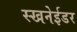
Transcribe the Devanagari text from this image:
स्खनेईडर